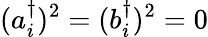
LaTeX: (a_{i}^{\dagger})^{2}=(b_{i}^{\dagger})^{2}=0